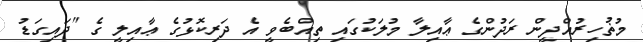
މުޡުހިރުއްދީން ރަދުންގެ ޢާއިލާ މުލަކުގައި ތިއްބެވީ އެ ދަރިކޮޅުގެ ޢާއިލީ ގެ "ދައިގަޑު